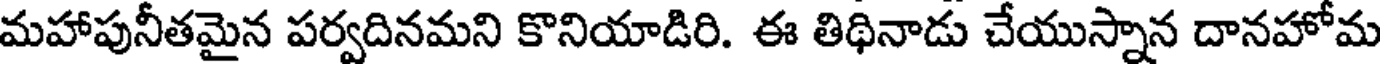
మహాపునీతమైన పర్వదినమని కొనియాడిరి. ఈ తిథినాడు చేయుస్నాన దానహోమ